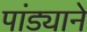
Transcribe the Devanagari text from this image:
पांड्याने